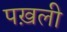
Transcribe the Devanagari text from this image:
पख़ली